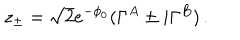
z _ { \pm } = \sqrt { 2 } e ^ { - \phi _ { 0 } } ( \Gamma ^ { A } \pm i \Gamma ^ { B } ) \, .